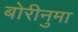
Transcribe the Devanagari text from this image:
बोरीनुमा